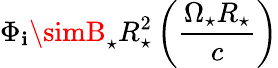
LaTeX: \Phi_{\mathbf{i}}\simB_{\star}R_{\star}^{2}\left(\frac{{\Omega_{\star}R_{\star}}}{{c}}\right)